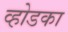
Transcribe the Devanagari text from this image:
व्होडका